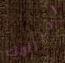
احترامك